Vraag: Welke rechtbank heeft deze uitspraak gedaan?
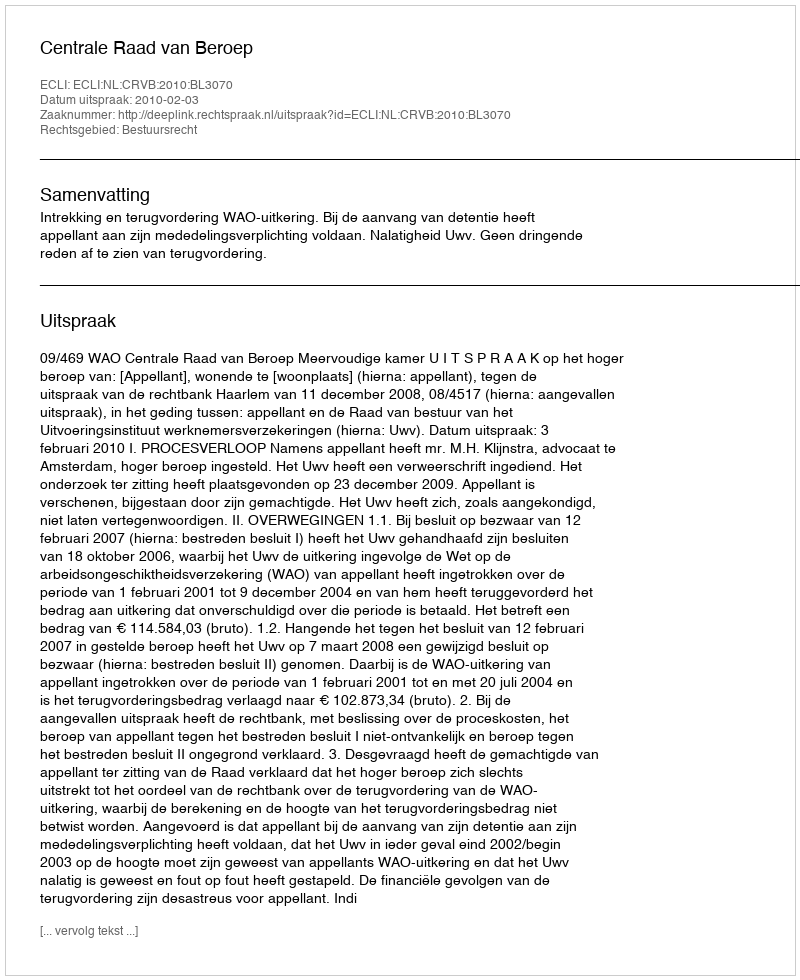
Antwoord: Centrale Raad van Beroep